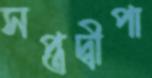
সপ্তদ্বীপা